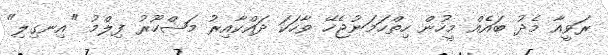
ރަވީއާ މެދު ބައެއް މީހުން ހިތްހަމަނުޖެހޭ ވާހަކަ ދައްކާއިރު މަޝްހޫރު ފިލްމު "އިނގިލި"